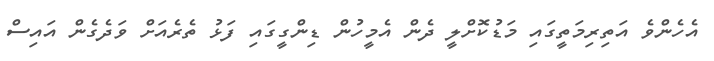
އެހެންވެ އަތިރިމަތީގައި މަޑުކޮށްލީ ދެން އެމީހުން ޑިންގީގައި ފަޅު ތެރެއަށް ވަދެގެން އައިސް